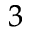
^ 3